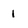
Character: 1